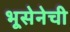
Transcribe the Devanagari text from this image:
भूसेनेची